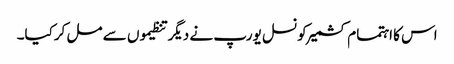
اس کا اہتمام کشمیرکونسل یورپ نے دیگر تنظیموں سے مل کرکیا۔